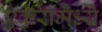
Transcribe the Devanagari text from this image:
एकरामध्ये